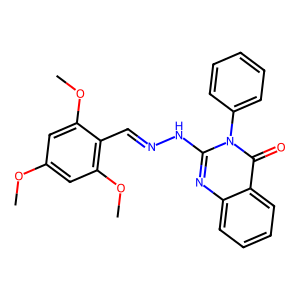
SMILES: COc1cc(OC)c(C=NNc2nc3ccccc3c(=O)n2-c2ccccc2)c(OC)c1
Inhibits HIV replication: No